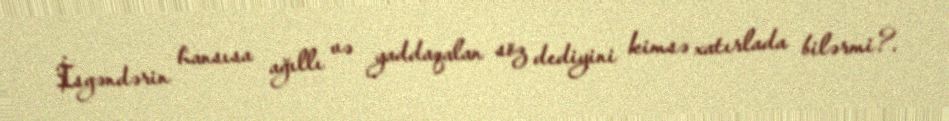
İsgəndərin hansısa ağıllı və yaddaqalan söz dediyini kimsə xatırlada bilərmi?.